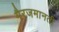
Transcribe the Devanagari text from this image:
गैरजमानती